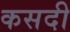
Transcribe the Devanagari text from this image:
कसदी